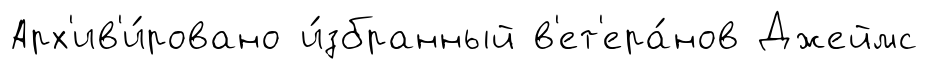
Арх'ив'и́ровано и́збранный в'ет'ера́нов Джеймс